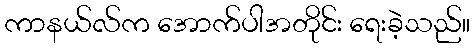
ကာနယ်လ်က အောက်ပါအတိုင်း ရေးခဲ့သည်။